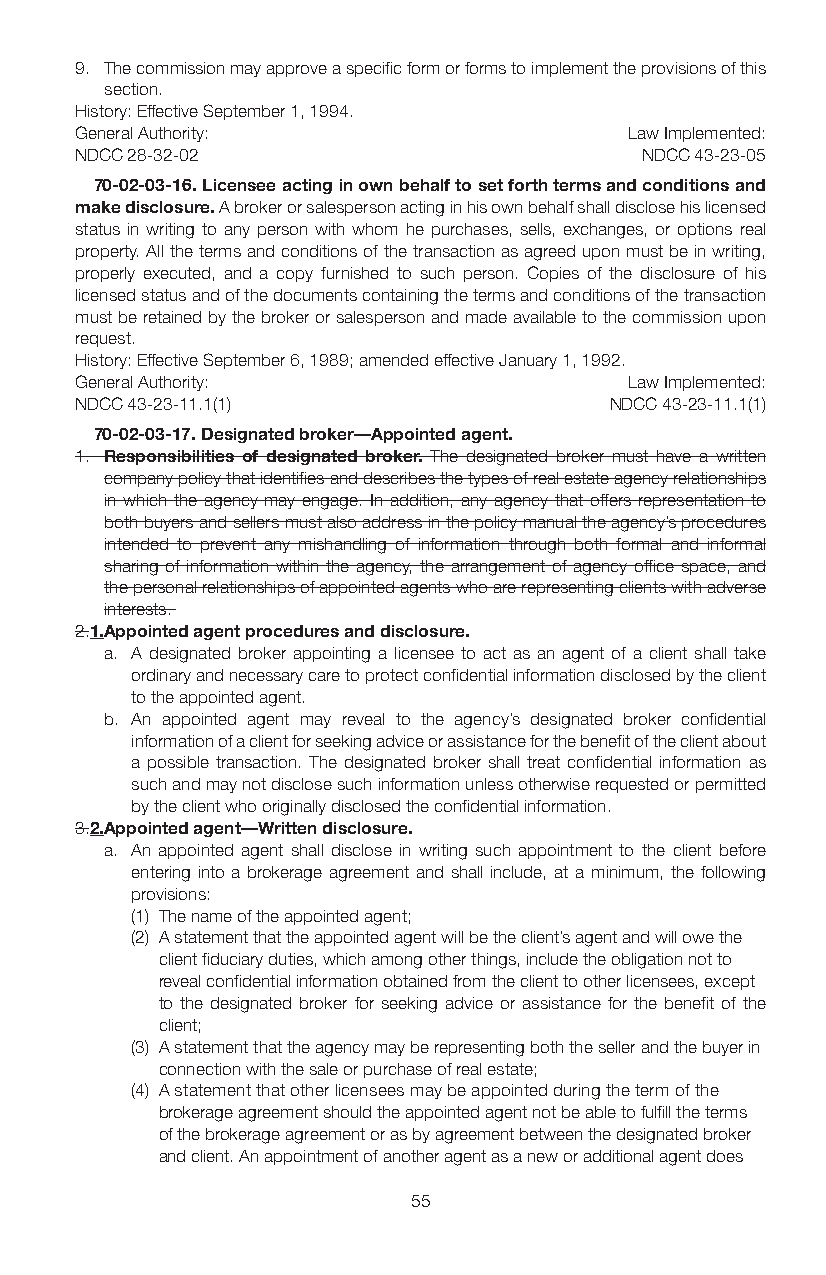
9. The commission may approve a specific form or forms to implement the provisions of this
 section.
 History: Effective September 1, 1994.
 General Authority:                   Law Implemented:
 NDCC 28-32-02                        NDCC 43-23-05
 70-02-03-16. Licensee acting in own behalf to set forth terms and conditions and
 make disclosure. A broker or salesperson acting in his own behalf shall disclose his licensed
 status in writing to any person with whom he purchases, sells, exchanges, or options real
 property. All the terms and conditions of the transaction as agreed upon must be in writing,
 properly executed, and a copy furnished to such person. Copies of the disclosure of his
 licensed status and of the documents containing the terms and conditions of the transaction
 must be retained by the broker or salesperson and made available to the commission upon
 request.
 History: Effective September 6, 1989; amended effective January 1, 1992.
 General Authority:                   Law Implemented:
 NDCC 43-23-11.1(1)                 NDCC 43-23-11.1(1)
 70-02-03-17. Designated broker—Appointed agent.
 1. Responsibilities of designated broker. The designated broker must have a written
 company policy that identifies and describes the types of real estate agency relationships
 in which the agency may engage. In addition, any agency that offers representation to
 both buyers and sellers must also address in the policy manual the agency’s procedures
 intended to prevent any mishandling of information through both formal and informal
 sharing of information within the agency, the arrangement of agency office space, and
 the personal relationships of appointed agents who are representing clients with adverse
 interests.
 2.1. Appointed agent procedures and disclosure.
 a. A designated broker appointing a licensee to act as an agent of a client shall take
 ordinary and necessary care to protect confidential information disclosed by the client
 to the appointed agent.
 b. An appointed agent may reveal to the agency’s designated broker confidential
 information of a client for seeking advice or assistance for the benefit of the client about
 a possible transaction. The designated broker shall treat confidential information as
 such and may not disclose such information unless otherwise requested or permitted
 by the client who originally disclosed the confidential information.
 3.2. Appointed agent—Written disclosure.
 a. An appointed agent shall disclose in writing such appointment to the client before
 entering into a brokerage agreement and shall include, at a minimum, the following
 provisions:
 (1) The name of the appointed agent;
 (2) A statement that the appointed agent will be the client’s agent and will owe the
 client fiduciary duties, which among other things, include the obligation not to
 reveal confidential information obtained from the client to other licensees, except
 to the designated broker for seeking advice or assistance for the benefit of the
 client;
 (3) A statement that the agency may be representing both the seller and the buyer in
 connection with the sale or purchase of real estate;
 (4) A statement that other licensees may be appointed during the term of the
 brokerage agreement should the appointed agent not be able to fulfill the terms
 of the brokerage agreement or as by agreement between the designated broker
 and client. An appointment of another agent as a new or additional agent does
 55